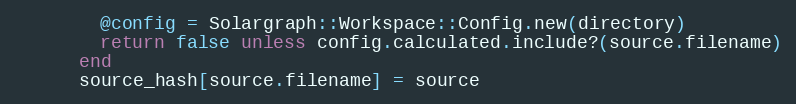
Language: Ruby
        @config = Solargraph::Workspace::Config.new(directory)
        return false unless config.calculated.include?(source.filename)
      end
      source_hash[source.filename] = source